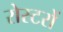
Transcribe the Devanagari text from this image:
रोस्टरों